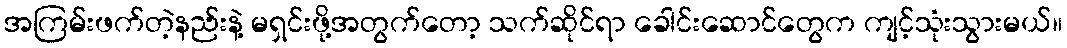
အကြမ်းဖက်တဲ့နည်းနဲ့ မရှင်းဖို့အတွက်တော့ သက်ဆိုင်ရာ ခေါင်းဆောင်တွေက ကျင့်သုံးသွားမယ်။